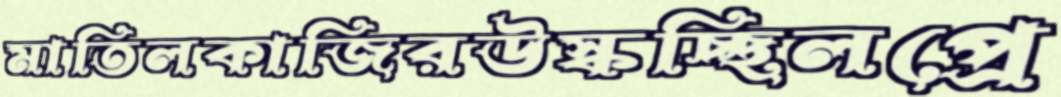
মাতিলকাজিরউস্‌কচ্ছিলপ্রে